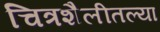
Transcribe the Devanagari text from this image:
चित्रशैलीतल्या